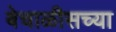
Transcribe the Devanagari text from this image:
बेचाळीसच्या